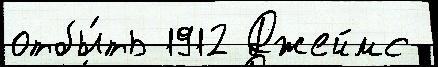
отбы́ть 1912 Джеймс